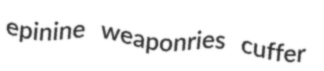
epinine weaponries cuffer